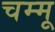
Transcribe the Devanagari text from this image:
चम्मू